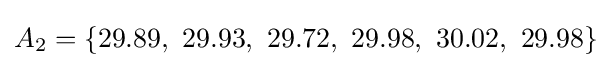
A_{2}=\{29.89,\ 29.93,\ 29.72,\ 29.98,\ 30.02,\ 29.98\}